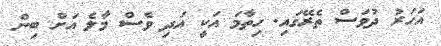
އަހަރު ދުވަސް ތެރޭގައި. ހިތާމަ އަކީ އަދި ވެސް މާލެ އަށް ބިން